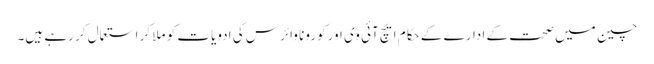
چین میں صحت کے ادارے کے حکام ایچ آئی وی اور کورونا وائرس کی ادویات کو ملا کر استعمال کر رہے ہیں۔